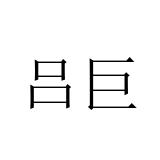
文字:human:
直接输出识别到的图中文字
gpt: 吕巨